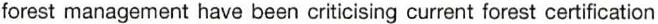
forest management have been criticising current forest certification